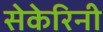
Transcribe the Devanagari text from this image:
सेकेरिनी